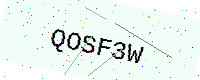
Text: QOSF3W